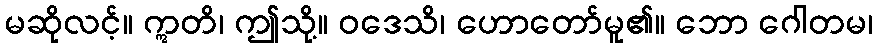
မဆိုလင့်။ ဣတိ၊ ဤသို့။ ဝဒေသိ၊ ဟောတော်မူ၏။ ဘော ဂေါတမ၊